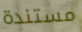
مستندة